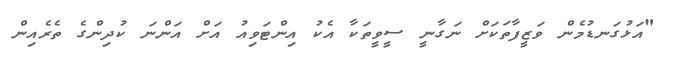
"އަޅުގަނޑުމެން ވަޒީފާތަކަށް ނަގާނީ ސީވީތަކާ އެކު އިންޓަވިއު އަށް އަންނަ ކުދިންގެ ތެރެއިން